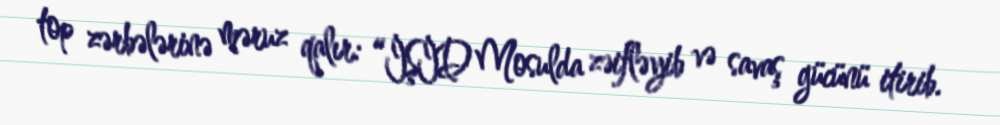
top zərbələrinə məruz qalır: “İŞİD Mosulda zəifləyib və savaş gücünü itirib.